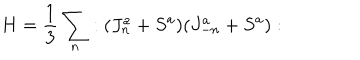
H = \frac { 1 } { 3 } \sum _ { n } : ( J _ { n } ^ { a } + S ^ { a } ) ( J _ { - n } ^ { a } + S ^ { a } ) :